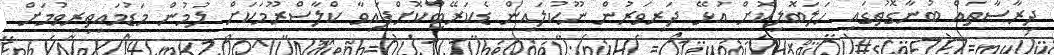
ދިރާސާތައް ބުނާގޮތުގައި ހަލަބޮލިކޮށް އުޅޭ ދަރިވަރުން ނޫކުލައިން ޑެކަރޭޓްކޮށްފައިވާ ކްލާސްރޫމަކަށް ލުމުން މަޑުމައިތިރިވުމަށް